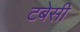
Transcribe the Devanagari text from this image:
टबेसी